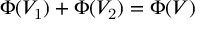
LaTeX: \Phi ( V _ { \mathrm { 1 } } ) + \Phi ( V _ { \mathrm { 2 } } ) = \Phi ( V )